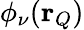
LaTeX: \phi_{\nu}(\mathbf{r}_{Q})